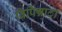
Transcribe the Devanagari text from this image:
बिपिन्नाटा